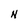
Character: N